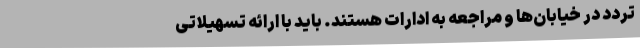
تردد در خیابان‌ها و مراجعه به ادارات هستند. باید با ارائه تسهیلاتی